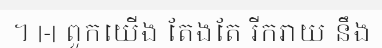
។ |-| ពួកយើង តែងតែ រីករាយ នឹង